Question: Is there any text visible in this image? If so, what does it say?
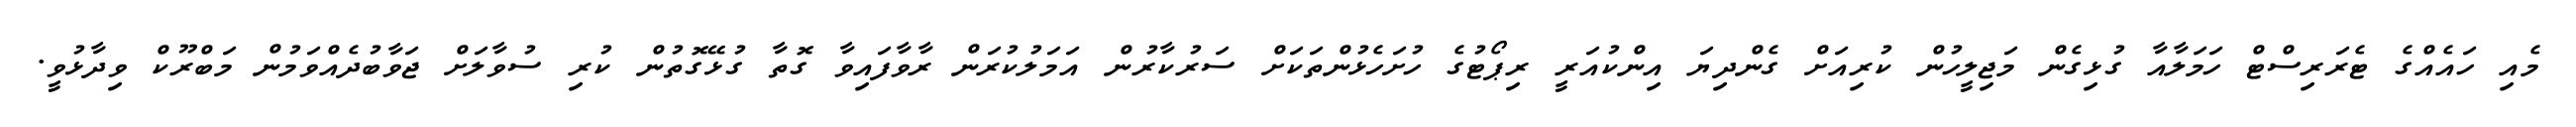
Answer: މެއި ހައެއްގެ ޓެރަރިސްޓް ހަމަލާއާ ގުޅިގެން މަޖިލީހުން ކުރިއަށް ގެންދިޔަ އިންކުއަރީ ރިޕޯޓުގެ ހުށަހެޅުންތަކަށް ސަރުކާރުން އަމަލުކުރަން ރާވާފައިވާ ގޮތާ ގުޅޭގޮތުން ކުރި ސުވާލަށް ޖަވާބުދެއްވަމުން މަބްރޫކް ވިދާޅުވީ.